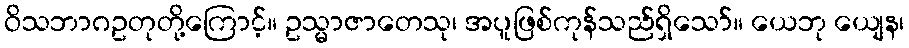
ဝိသဘာဂဥတုတို့ကြောင့်။ ဥသ္မာဇာတေသု၊ အပူဖြစ်ကုန်သည်ရှိသော်။ ယေဘု ယျေန၊